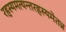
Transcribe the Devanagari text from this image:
रहस्यमत्यन्तरहस्यमेतन्न